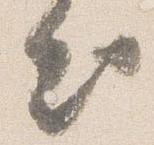
出